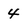
Character: 4